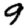
Digit: 9